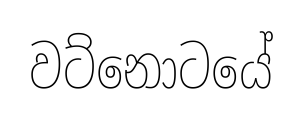
වට්නොටයේ